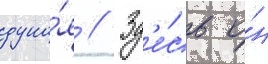
дуна́я // Зд'е́сь о́н